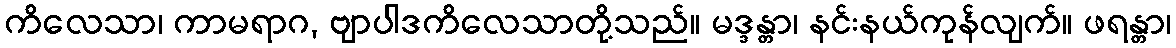
ကိလေသာ၊ ကာမရာဂ, ဗျာပါဒကိလေသာတို့သည်။ မဒ္ဒန္တာ၊ နင်းနယ်ကုန်လျက်။ ဖရန္တာ၊